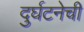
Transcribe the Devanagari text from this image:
दुर्घटनेची